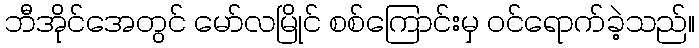
ဘီအိုင်အေတွင် မော်လမြိုင် စစ်ကြောင်းမှ ဝင်ရောက်ခဲ့သည်။